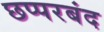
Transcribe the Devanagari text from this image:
छप्परबंद